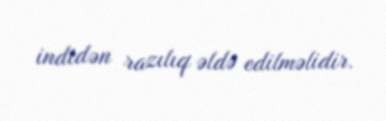
indidən razılıq əldə edilməlidir.